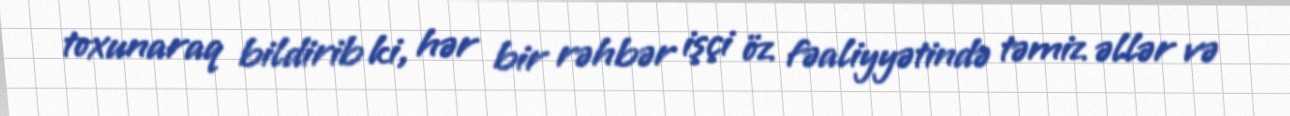
toxunaraq bildirib ki, hər bir rəhbər işçi öz fəaliyyətində təmiz əllər və